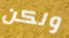
ولكن